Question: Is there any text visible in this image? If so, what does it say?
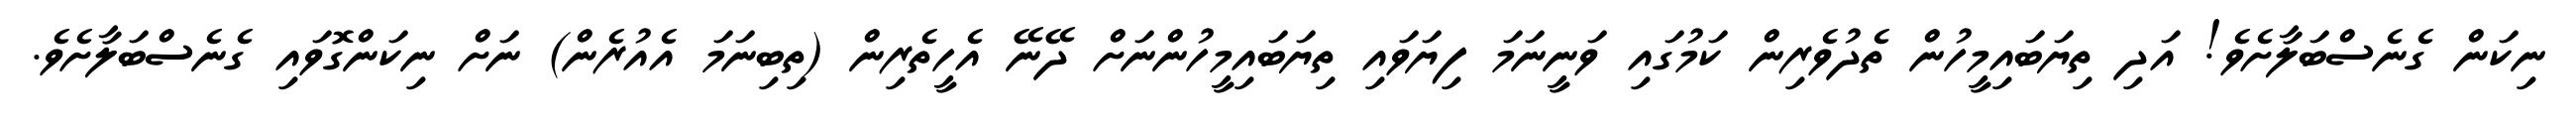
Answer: ނިކަން ގެނެސްބަލާށެވެ! އަދި ތިޔަބައިމީހުން ތެދުވެރިން ކަމުގައި ވަނީނަމަ ފިޔަވައި ތިޔަބައިމީހުންނަށް ދޭނޭ އެހީތެރިން (ތިބިނަމަ އެއުރެން) ނަށް ނިކަންގޮވައި ގެނެސްބަލާށެވެ.